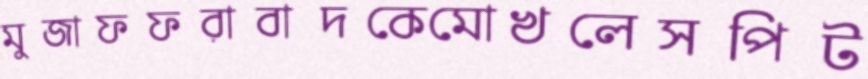
মুজাফফরাবাদকেমোখলেসপিট